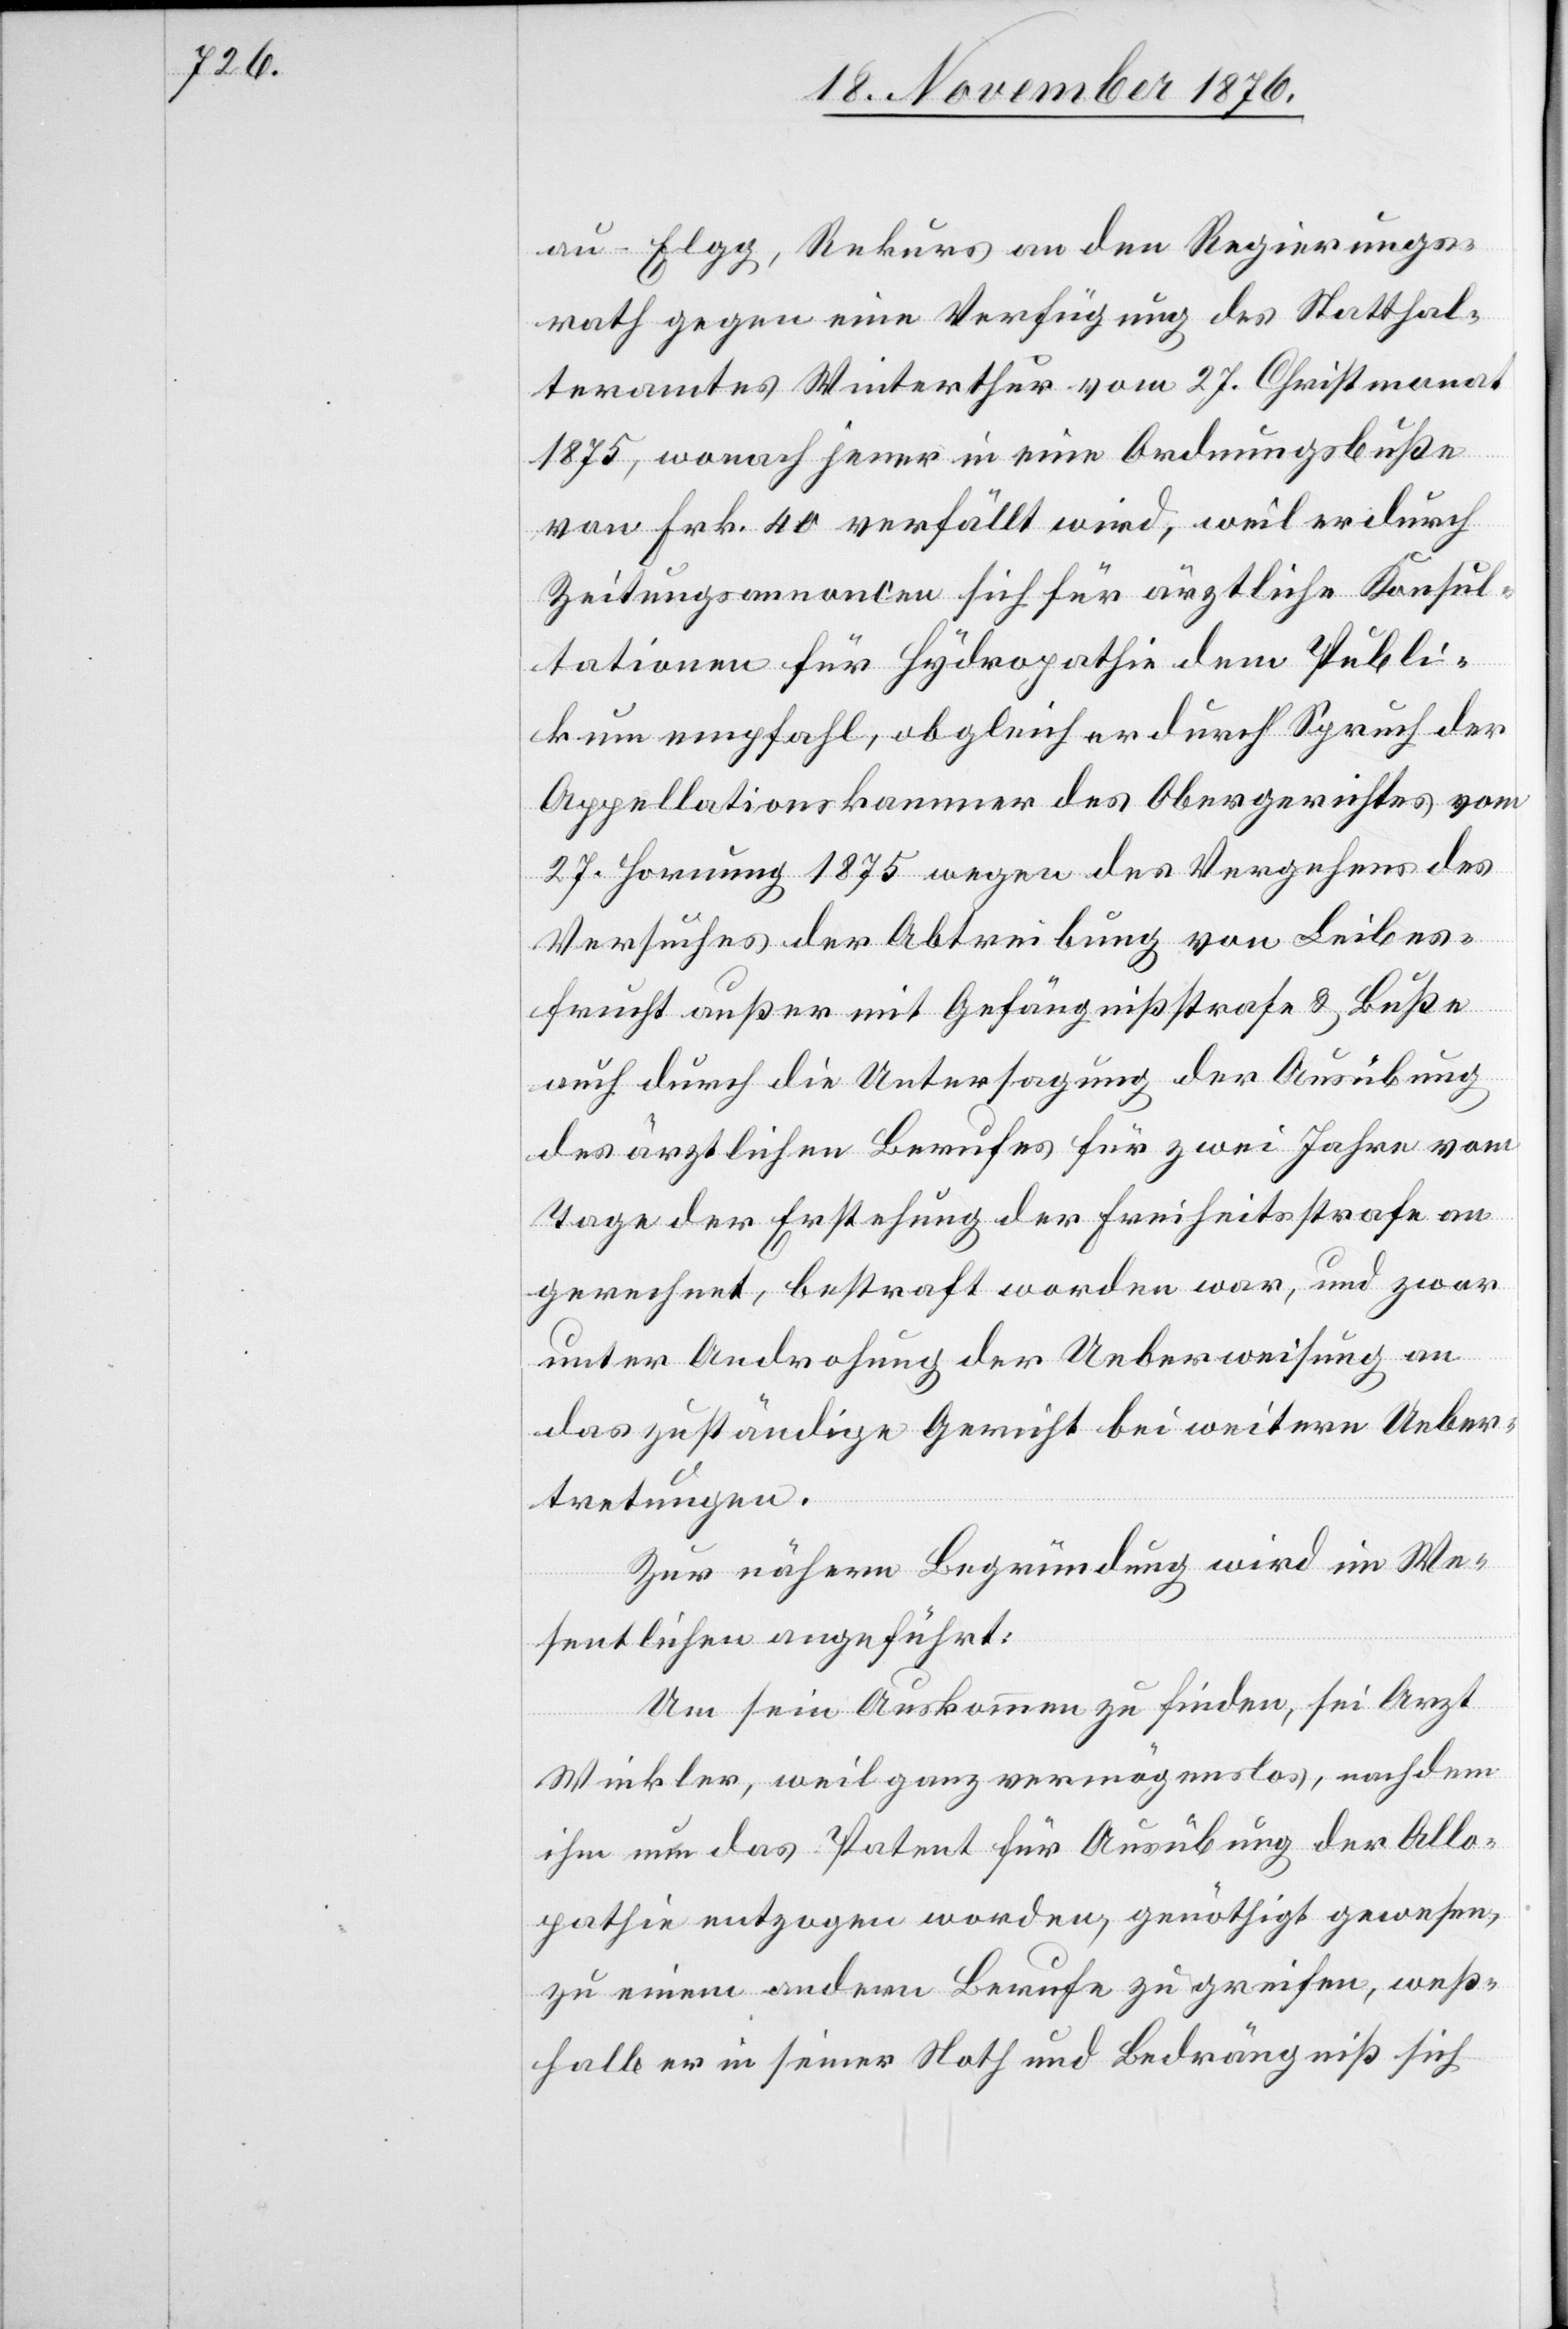
au - Elgg, Rekurs an den Regierungs¬
rath gegen eine Verfügung des Statthal¬
teramtes Winterthur vom 27. Christmonat
1875, wonach jener in eine Ordnungsbuße
von Frk. 40 verfällt wird, weil er durch
Zeitungsannoncen sich für ärztliche Konsul¬
tationen für Hydropathie dem Publi¬
kum empfahl, obgleich er durch Spruch der
Appellationskammer des Obergerichtes vom
27. Hornung 1875 wegen des Vergehens des
Versuches der Abtreibung von Leibes¬
frucht außer mit Gefängnißstrafe & Buße
auch durch die Untersagung der Ausübung
des ärztlichen Berufes für zwei Jahre vom
Tage der Erstehung der Freiheitsstrafe an
gerechnet, bestraft worden war, und zwar
unter Androhung der Ueberweisung an
das zuständige Gericht bei weitern Ueber¬
tretungen.
Zur nähern Begründung wird im We¬
sentlichen angeführt:
Um sein Auskommen zu finden, sei Arzt
Winkler weil ganz vermögenslos, nachdem
ihm nun das Patent für Ausübung der Allo¬
pathie entzogen worden, genöthigt gewesen,
zu einem andern Berufe zu greifen, weß¬
halb er in seiner Noth und Bedrängniß sich